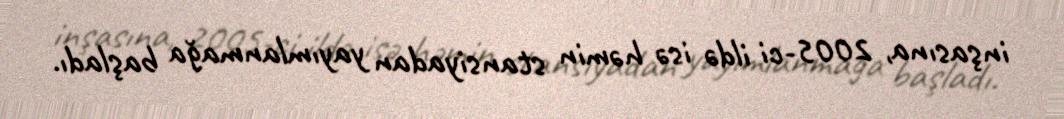
inşasına, 2005-ci ildə isə həmin stansiyadan yayımlanmağa başladı.